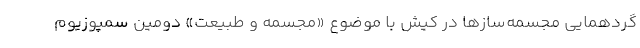
گردهمایی مجسمه‌سازها در کیش با موضوع «مجسمه و طبیعت» دومین سمپوزیوم